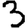
Digit: 3